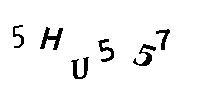
5HU557